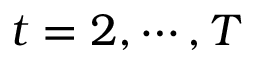
t = 2 , \cdots , T